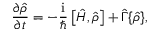
\frac { \partial { \hat { \rho } } } { \partial t } = - \frac { \mathrm { i } } { \hbar } \left[ { \hat { H } } , { \hat { \rho } } \right] + { \hat { \Gamma } } \{ { \hat { \rho } } \} ,